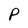
Character: P